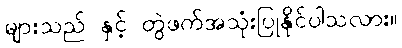
များသည် နှင့် တွဲဖက်အသုံးပြုနိုင်ပါသလား။